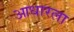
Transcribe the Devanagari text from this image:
आधारला